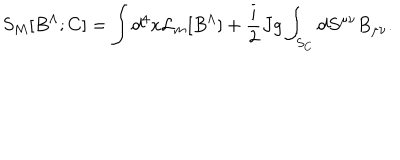
S _ { M } [ B ^ { \Lambda } ; C ] = \int d ^ { 4 } x { \cal L } _ { m } [ B ^ { \Lambda } ] + { \frac { i } { 2 } } J g \int _ { S _ { C } } d S ^ { \mu \nu } B _ { \mu \nu } .